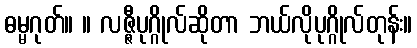
ဓမ္မဂုတ်။ ။ လဇ္ဇီပုဂ္ဂိုလ်ဆိုတာ ဘယ်လိုပုဂ္ဂိုလ်တုန်း။